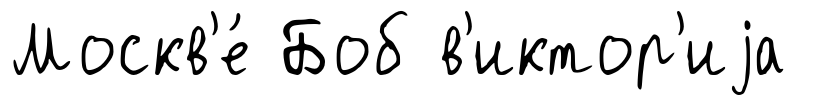
Москв'е́ Боб в'иктор'иjа